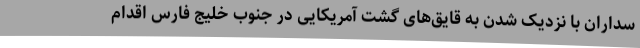
سداران با نزدیک شدن به قایق‌های گشت آمریکایی در جنوب خلیج فارس اقدام